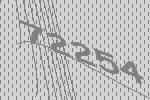
72254